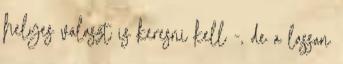
helyes választ is keresni kell -, de a lassan